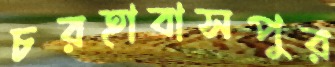
চরহাবাসপুর